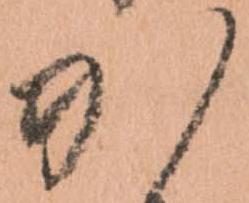
か